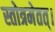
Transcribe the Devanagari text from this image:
स्तोत्रमेतत्।